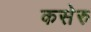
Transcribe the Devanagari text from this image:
कसेरु